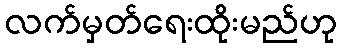
လက်မှတ်ရေးထိုးမည်ဟု